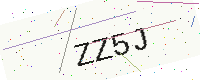
Text: ZZ5J